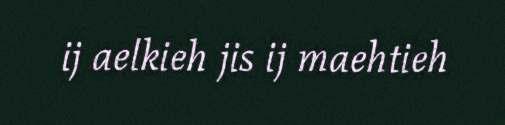
ij aelkieh jis ij maehtieh